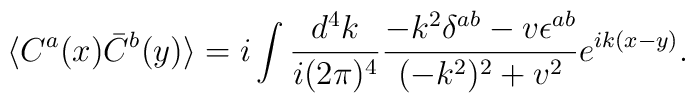
\langle C^a(x)  \bar C^b(y) \rangle  =  i \int {d^4k \over i(2\pi)^4} {-k^2 \delta^{ab}-v \epsilon^{ab} \over (-k^2)^2+v^2} e^{i k(x-y)} .